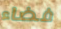
فضاء